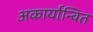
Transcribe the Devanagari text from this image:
अकार्यान्वित